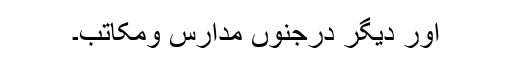
اور دیگر درجنوں مدارس ومکاتب۔